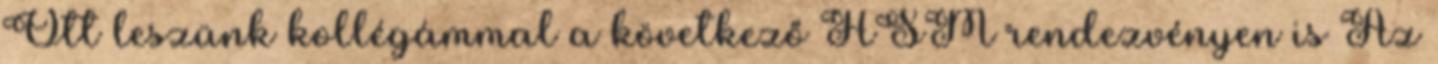
Ott leszünk kollégámmal a következő HSM rendezvényen is Az